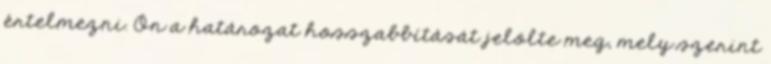
értelmezni. Ön a határozat hosszabbítását jelölte meg, mely szerint